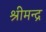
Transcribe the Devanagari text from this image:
श्रीमन्द्र